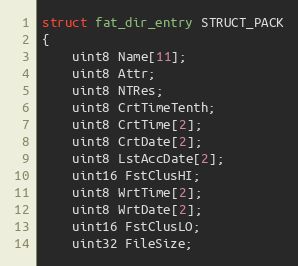
Language: C
struct fat_dir_entry STRUCT_PACK
{
    uint8 Name[11];
    uint8 Attr;
    uint8 NTRes;
    uint8 CrtTimeTenth;
    uint8 CrtTime[2];
    uint8 CrtDate[2];
    uint8 LstAccDate[2];
    uint16 FstClusHI;
    uint8 WrtTime[2];
    uint8 WrtDate[2];
    uint16 FstClusLO;
    uint32 FileSize;